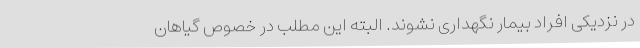
در نزدیکی افراد بیمار نگهداری نشوند. البته این مطلب در خصوص گیاهان